Calcutta medical institutions reports 1892-1900
Year: 1892
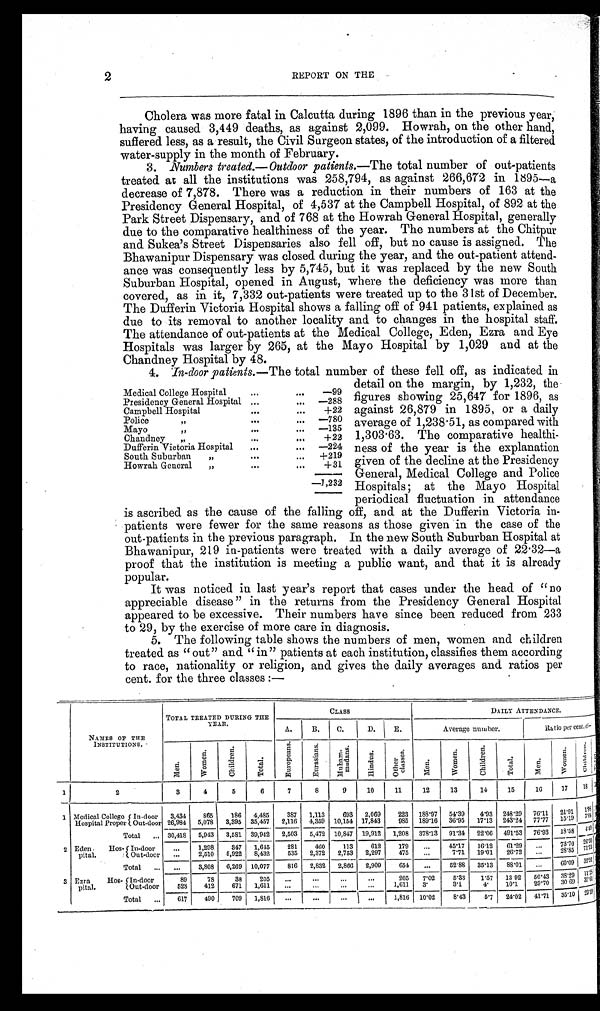
2
REPORT ON THE
Cholera was more fatal in Calcutta during 1896 than in the previous year,
having caused 3,449 deaths, as against 2,099. Howrah, on the other hand,
suffered less, as a result, the Civil Surgeon states, of the introduction of a filtered
water-supply in the month of February.
3 .
N u m b e r s t r e a t e d . - O u t d o o r p a t i e n t s . -T
h e
t o t a l n u m b e r o f o u t - p a t i e n t s
treated at all the institutions was 258,794, as against 266,672 in 1895—a
decrease of 7,878. There was a reduction in their numbers of 163 at the
Presidency General Hospital, of 4,537 at the Campbell Hospital, of 892 at the
Park Street Dispensary, and of 768 at the Howrah General Hospital, generally
due to the comparative healthiness of the year. The numbers at the Chitpur
and Sukea's Street Dispensaries also fell off, but no cause is assigned. The
Bhawanipur Dispensary was closed during the year, and the out-patient attend-
ance was consequently less by 5,745, but it was replaced by the new South
Suburban Hospital, opened in August, where the deficiency was more than
covered, as in it, 7,332 out-patients were treated up to the 31st of December.
The Dufferin Victoria Hospital shows a falling off of 941 patients, explained as
due to its removal to another locality and to changes in the hospital staff.
The attendance of out-patients at the Medical College, Eden, Ezra and Eye
Hospitals was larger by 265, at the Mayo Hospital by 1,029 and at the
Chandney Hospital by 48.
4. In-door vatzents.-The total number of these tell oft, as inaicateci in
detail on the margin, by 1,232, the
figures showing 25,647 for 1896, as
against 26,879 in 1895, or a daily
average of 1,238.51, as compared with
1,303 .63. The comparative healthi-
ness of the year is the explanation
given of the decline at the Presidency
General, Medical College and Police
Hospitals ; at the Mayo Hospital
periodical fluctuation in attendance
is ascribed as the cause of the falling off, and at the Dufferin Victoria in-
patients were fewer for the same reasons as those given in the case of the
out-patients in the previous paragraph. In the new South Suburban Hospital at
Bhawanipur, 219 in-patients were treated with a daily average of 22.32—a
proof that the institution is meeting a public want, and that it is already
popular.
It was noticed in last year's report that cases under the head of "no
appreciable disease " in the returns from the Presidency General Hospital
appeared to be excessive. Their numbers have since been reduced from 233
to 29, by the exercise of more care in diagnosis.
5. The following table shows the numbers of men, women and children
treated as " out" and "in " patients at each institution, classifies them according
to race, nationality or religion, and gives the daily averages and ratios per
cent. for the three classes :-
NAMES OF THE
INSTITUTIONS.
TOTAL TREATED DURING THE
YEAR.
CLASS
DAILY ATTENDANCE.
A, B. C. D. \ E.
Aver age number r
Rat i o per cent , of-
M e n
W o m e n C h i l d r e n T o t a l
E u r o p e a n s
E u r a s i a n s M u h a m - m u d a n s
H i n d u s O t h e r c l a s e s
M e n
W o m e n
C h i l d r e n
T o t a l
M e n
W o m e n
C h i l d r e n T o t a l
1
1
2
3
2
3 4 5 6 7 8 9 10 11 12 13 14 15 I16 17 18
Medical College In-door 3, 43
. 865 186 4, 485 387 1, 113 693 2, 069 223 188. 97 54. 39 4.93 248. 29 76. 11 21. 91 1 . 9 3
Hospital Proper Out-door 26, 984 5 . 0 7 8 3, 395 35, 457 2, 116 4, 359 10, 154 17, 843 985 189. 16 36. 95 17. 13 243.4 77. 77 15. 19
Total 30, 418 5, 943 3, 581 39, 942 2, 503 5, 472 10, 847 19, 912 1, 208 378. 13 91.34 22. 06 491. 53 76. 93 18. 58
Eden Hos- In-door
1, 298 347 1, 645 281 460 113 612 179
45. 17 16. 12 61. 29
7 3 . 7 0 7
7 2 6 . 5 9
Pa Pital O u t - d o o r
2, 510
5 , 9 2 2 8, 432 535 2, 372 2, 753 2, 297 475
7.71 19.01 26. 72
Total
3, 808 6, 269 10, 077 816 2, 832 2, 866 2, 909 654
52. 88 35. 13 88. 01
60. 09 6 9 .
Ezra Hos- In-door 89 78 38 205
205 7. 02 5.33 1.57 13. 92 50. 43 38. 29 '
P i t a l .
O u t - d o o r 528 412 671 1, 611
1, 611 3 .
3.1 4. 10.1 29. 70 30. 69 3 9 . 6 1
Total
617 490 709 1, 816
1, 816 10. 02 8.43 5.7 24. 02 41. 71 35. 10 2 3 . 7 2
Medical College Hospital
Presidency General Hospital
Campbell Hospital
Police
...
99
288
+22 780
Mayo
135
Chandney „
+22
Dufferin Victoria Hospital
-224
South Suburban „
+219
Howrah General ,,
+ 3 1
. 1 , 2 3 2